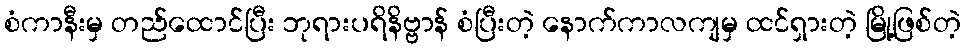
စံကာနီးမှ တည်ထောင်ပြီး ဘုရားပရိနိဗ္ဗာန် စံပြီးတဲ့ နောက်ကာလကျမှ ထင်ရှားတဲ့ မြို့ဖြစ်တဲ့